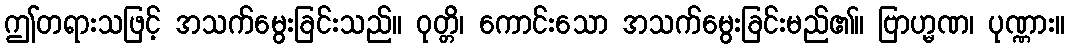
ဤတရားသဖြင့် အသက်မွေးခြင်းသည်။ ဝုတ္တိ၊ ကောင်းသော အသက်မွေးခြင်းမည်၏။ ဗြာဟ္မဏ၊ ပုဏ္ဏား။